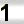
Digit: 1